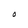
Character: O